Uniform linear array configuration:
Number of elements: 4
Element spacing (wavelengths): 0.5
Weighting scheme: exponential
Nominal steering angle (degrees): -60
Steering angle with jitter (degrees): -59.799
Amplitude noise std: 0.05
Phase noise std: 0.05

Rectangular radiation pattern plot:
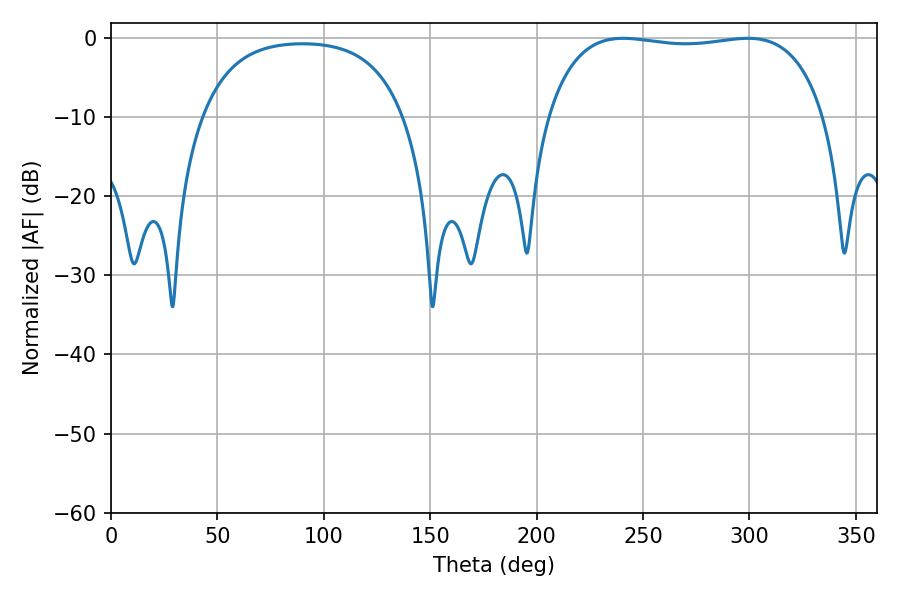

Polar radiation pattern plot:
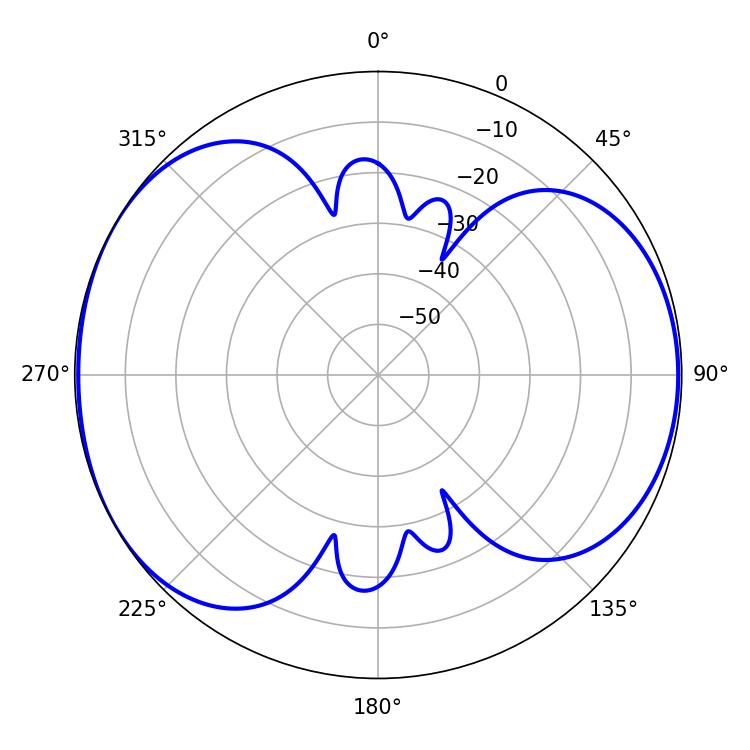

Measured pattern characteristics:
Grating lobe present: FALSE
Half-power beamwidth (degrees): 104.4
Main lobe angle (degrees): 240.66